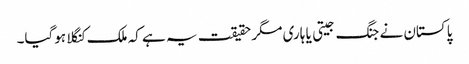
پاکستان نے جنگ جیتی یا ہاری مگر حقیقت یہ ہے کہ ملک کنگلا ہوگیا۔